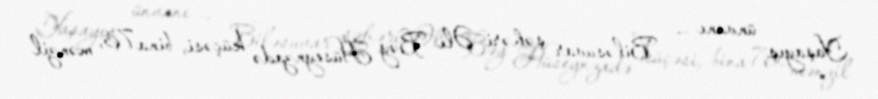
Yaşayış ünvanı — Biləsuvar şəhəri, Əli Bəy Hüseynzadə küçəsi, bina 76, mənzil